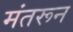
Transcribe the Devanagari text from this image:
मंतरून